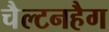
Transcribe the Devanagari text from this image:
चैल्टनहैग